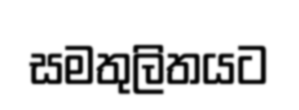
සමතුලිතයට